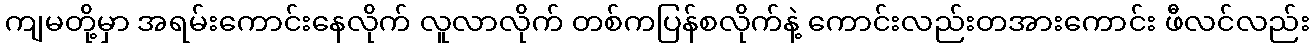
ကျမတို့မှာ အရမ်းကောင်းနေလိုက် လူလာလိုက် တစ်ကပြန်စလိုက်နဲ့ ကောင်းလည်းတအားကောင်း ဖီလင်လည်း